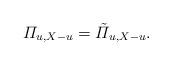
LaTeX: \begin{align*} \varPi_{u,X-u}=\tilde\varPi_{u,X-u}. \end{align*}